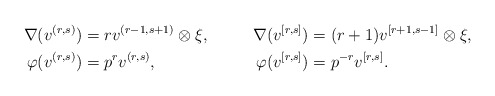
\begin{align*} \nabla(v^{(r,s)}) &= r v^{(r-1,s+1)} \otimes \xi, & \nabla(v^{[r,s]}) &= (r + 1) v^{[r+1,s-1]} \otimes \xi, \\ \varphi(v^{(r,s)}) &= p^r v^{(r,s)}, & \varphi(v^{[r,s]}) &= p^{-r} v^{[r,s]}.\\ \end{align*}